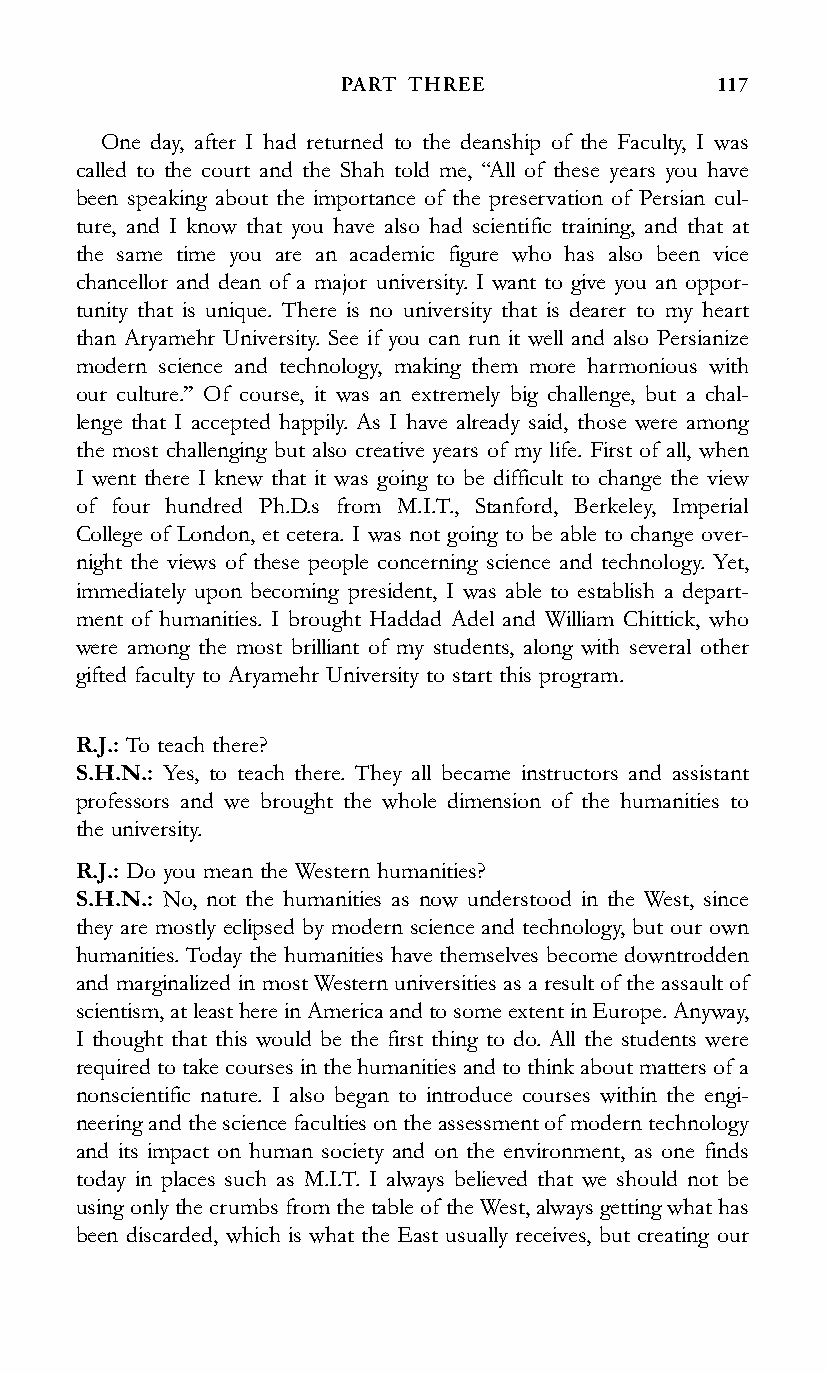
PART THREE               117
 One day, after I had returned to the deanship of the Faculty, I was
 called to the court and the Shah told me, ‘‘All of these years you have
 been speaking about the importance of the preservation of Persian cul-
 ture, and I know that you have also had scientific training, and that at
 the same time you are an academic figure who has also been vice
 chancellor and dean of a major university. I want to give you an oppor-
 tunity that is unique. There is no university that is dearer to my heart
 than Aryamehr University. See if you can run it well and also Persianize
 modern science and technology, making them more harmonious with
 our culture.’’ Of course, it was an extremely big challenge, but a chal-
 lenge that I accepted happily. As I have already said, those were among
 the most challenging but also creative years of my life. First of all, when
 I went there I knew that it was going to be difficult to change the view
 of four hundred Ph.D.s from M.I.T., Stanford, Berkeley, Imperial
 College of London, et cetera. I was not going to be able to change over-
 night the views of these people concerning science and technology. Yet,
 immediately upon becoming president, I was able to establish a depart-
 ment of humanities. I brought Haddad Adel and William Chittick, who
 were among the most brilliant of my students, along with several other
 gifted faculty to Aryamehr University to start this program.
 R.J.: To teach there?
 S.H.N.: Yes, to teach there. They all became instructors and assistant
 professors and we brought the whole dimension of the humanities to
 the university.
 R.J.: Do you mean the Western humanities?
 S.H.N.: No, not the humanities as now understood in the West, since
 they are mostly eclipsed by modern science and technology, but our own
 humanities. Today the humanities have themselves become downtrodden
 and marginalized in most Western universities as a result of the assault of
 scientism,atleasthereinAmericaandtosomeextentinEurope.Anyway,
 I thought that this would be the first thing to do. All the students were
 requiredtotakecoursesinthehumanities andtothinkaboutmattersofa
 nonscientific nature. I also began to introduce courses within the engi-
 neering andthesciencefacultiesontheassessmentofmoderntechnology
 and its impact on human society and on the environment, as one finds
 today in places such as M.I.T. I always believed that we should not be
 using onlythecrumbsfromthetableoftheWest,alwaysgetting whathas
 been discarded, which is what the East usually receives, but creating our